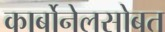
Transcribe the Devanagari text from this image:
कार्बोनेलसोबत